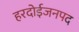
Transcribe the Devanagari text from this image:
हरदोईजनपद